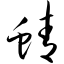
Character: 蜻